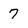
Character: 7